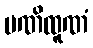
မဏိထူဏံ